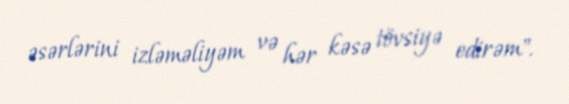
əsərlərini izləməliyəm və hər kəsə tövsiyə edirəm".